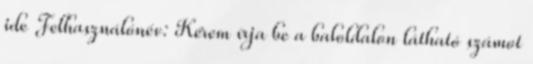
ide Felhasználónév: Kérem írja be a baloldalon látható számot